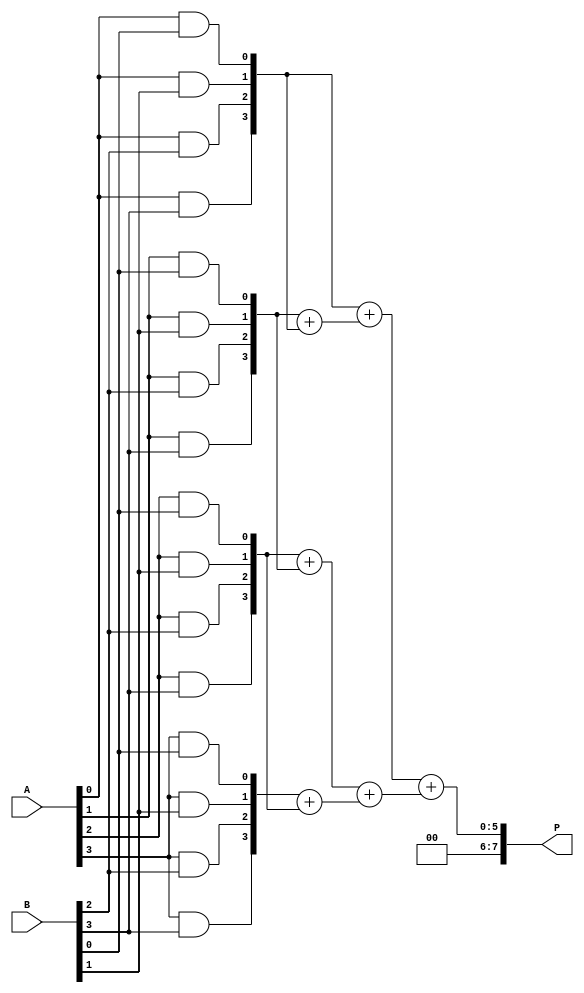
module dadda_multiplier #(parameter N = 4) (
    input [N-1:0] A,
    input [N-1:0] B,
    output [2*N-1:0] P
);

    // Partial Product Generation
    wire [N-1:0] pp [0:N-1]; // Partial products
    genvar i, j;
    generate
        for (i = 0; i < N; i = i + 1) begin: pp_gen
            for (j = 0; j < N; j = j + 1) begin: pp_bit
                assign pp[i][j] = A[i] & B[j];
            end
        end
    endgenerate

    // Reduction Tree
    wire [N:0] sum [0:N-1]; // Intermediate sums
    wire [N:0] carry [0:N-1]; // Carry bits

    // Stage 1: Combine partial products
    generate
        for (i = 0; i < N; i = i + 1) begin: stage1
            if (i == 0) begin
                assign sum[i] = {1'b0, pp[i]};
                assign carry[i] = 0;
            end else begin
                assign {carry[i], sum[i]} = pp[i] + {carry[i-1], pp[i-1]};
            end
        end
    endgenerate

    // Stage 2: Further reduction
    wire [N:0] reduced_sum [0:N/2-1];
    wire [N:0] reduced_carry [0:N/2-1];

    generate
        for (i = 0; i < N/2; i = i + 1) begin: stage2
            assign {reduced_carry[i], reduced_sum[i]} = sum[2*i] + sum[2*i+1];
        end
    endgenerate

    // Final addition
    wire [N:0] final_sum;
    wire final_carry;

    assign {final_carry, final_sum} = reduced_sum[0] + reduced_sum[1];

    // Output the final product
    assign P = {final_carry, final_sum};

endmodule